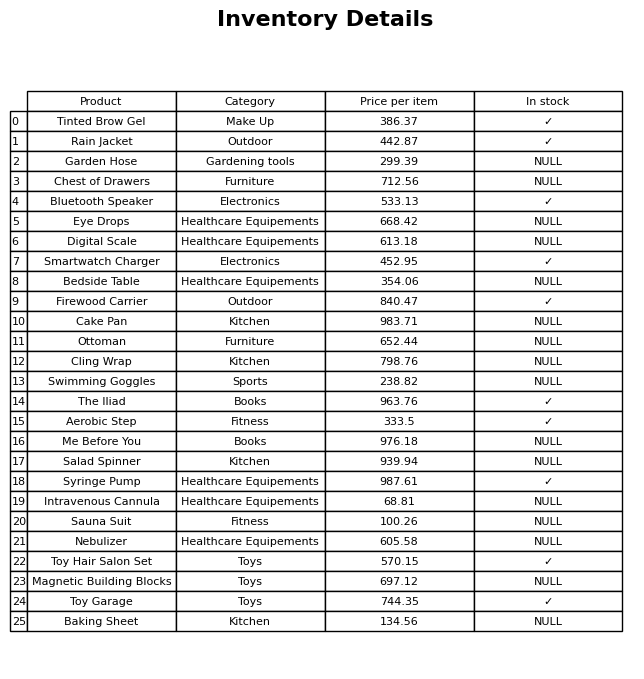
question: What is the price for Smartwatch Charger?
answer: The price of Smartwatch Charger is 452.95.